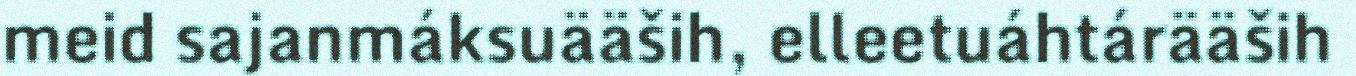
meid sajanmáksuääših, elleetuáhtárääših